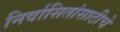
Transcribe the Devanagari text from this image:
निर्वासितांसाठीचे